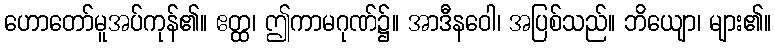
ဟောတော်မူအပ်ကုန်၏။ ဧတ္ထ၊ ဤကာမဂုဏ်၌။ အာဒီနဝေါ၊ အပြစ်သည်။ ဘိယျော၊ များ၏။